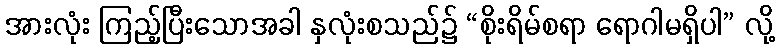
အားလုံး ကြည့်ပြီးသောအခါ နှလုံးစသည်၌ “စိုးရိမ်စရာ ရောဂါမရှိပါ” လို့